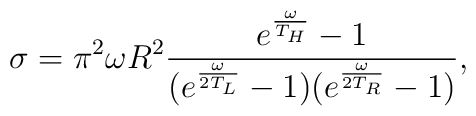
\sigma = \pi^2 \omega R^2 \frac{e^{\frac{\omega}{T_{H}}} -1}{(e^{\frac{\omega}{2T_{L}}} - 1)(e^{\frac{\omega}{2T_{R}}} -1)},